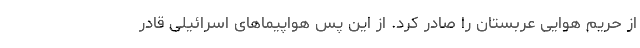
از حریم هوایی عربستان را صادر کرد. از این پس هواپیماهای اسرائیلی قادر